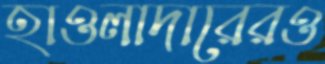
হাওলাদারেরও